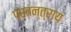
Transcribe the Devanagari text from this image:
परतन्त्राय